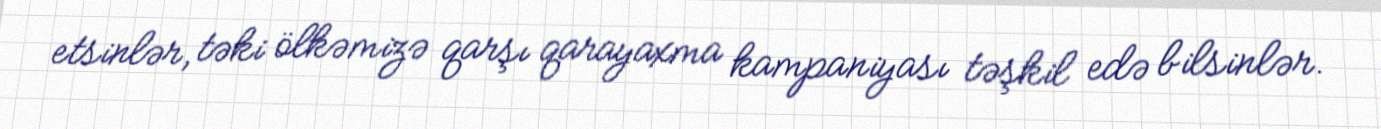
etsinlər, təki ölkəmizə qarşı qarayaxma kampaniyası təşkil edə bilsinlər.